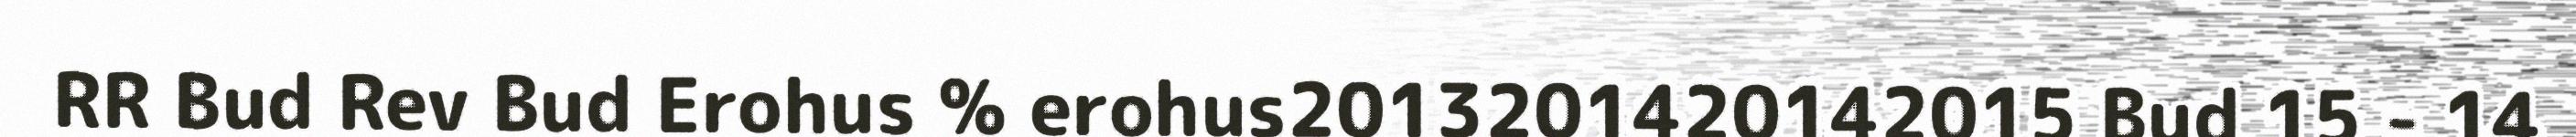
RR Bud Rev Bud Erohus % erohus2013201420142015 Bud 15 - 14